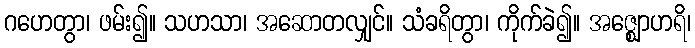
ဂဟေတွာ၊ ဖမ်း၍။ သဟသာ၊ အဆောတလျှင်။ သံခရိတွာ၊ ကိုက်ခဲ၍။ အဇ္ဈောဟရိ၊